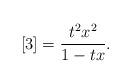
LaTeX: \begin{align*}[3] = \frac{t^2 x^2}{1-tx}.\end{align*}